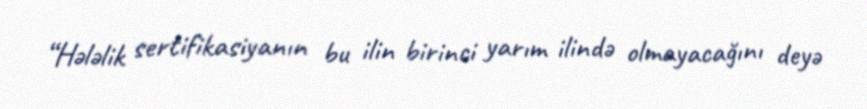
“Hələlik sertifikasiyanın bu ilin birinci yarım ilində olmayacağını deyə